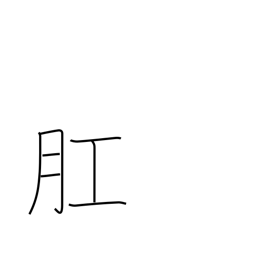
Meaning: anus